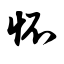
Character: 怀